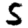
Digit: 5